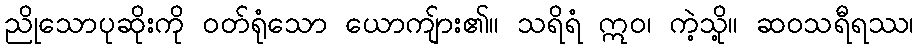
ညိုသောပုဆိုးကို ဝတ်ရုံသော ယောကျ်ား၏။ သရိရံ ဣဝ၊ ကဲ့သို့။ ဆဝသရီရဿ၊